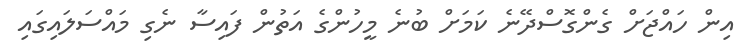
އިން ހައްޖަށް ގެންގޮސްދޭނެ ކަމަށް ބުނެ މީހުންގެ އަތުން ފައިސާ ނެގި މައްސަލައިގައި